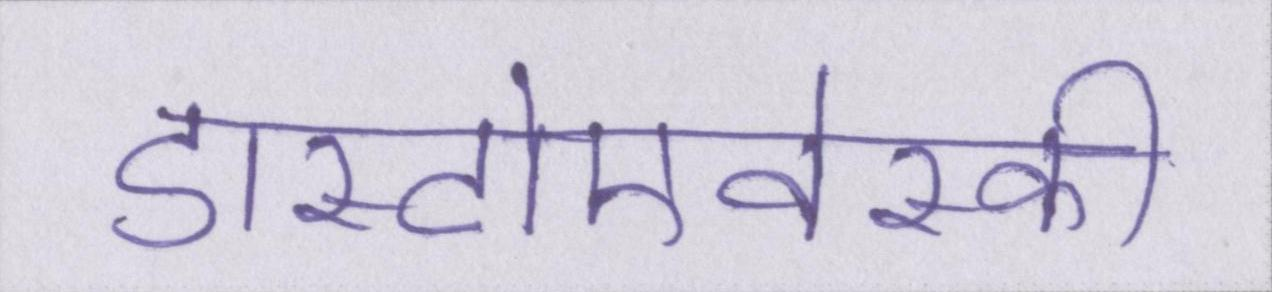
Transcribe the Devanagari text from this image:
डास्टोएवेस्की